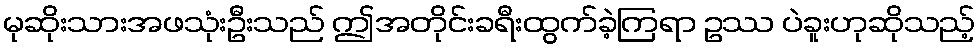
မုဆိုးသားအဖသုံးဦးသည် ဤအတိုင်းခရီးထွက်ခဲ့ကြရာ ဥဿ ပဲခူးဟုဆိုသည့်